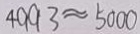
4 9 9 3 \approx 5 0 0 0